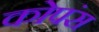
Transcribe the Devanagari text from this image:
कोपंस